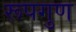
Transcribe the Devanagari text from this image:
रूपगुण